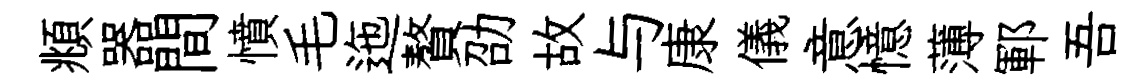
頫器間憤毛迤贅劭故与康儀意憶薄鄆吾